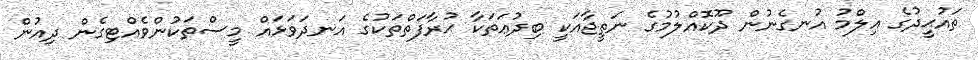
ތައުޙީދުގެ ޢިލްމު އުނގެނުން ދޫކޮއްލުމުގެ ނަތީޖާއަކީ ބިދުޢަތަކާ ޙުރާފަތްތަކުގެ އަނދަވަޅައް މީސްތަކުންވެއްޓިގެން ދިއުން